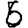
Digit: 6